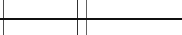
٣٩